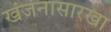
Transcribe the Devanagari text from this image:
खंजनासारखा